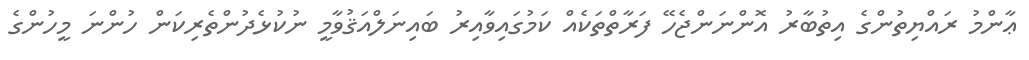
ޢާންމު ރައްޔިތުންގެ އިތުބާރު އޮންނަންޖެހޭ ފަރާތްތަކެއް ކަމުގައިވާއިރު ބައިނަލްއަޤުވާމީ ނުކުޅެދުންތެރިކަން ހުންނަ މީހުންގެ